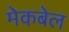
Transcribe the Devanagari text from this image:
मेकबेल